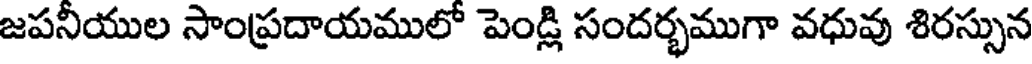
జపనియుల సాంప్రదాయములో పెండ్లి సందర్భముగా వధువు శిరస్సున